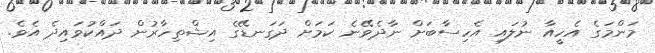
މަންމަގެ އެހީއާ ނުލައި އެހިސާބަށް ނާދެވޭނެ ކަމަށް ދަގަނޑޭގެ އިޝްތިހާރުން ދައްކުވައިދެ އެވެ.